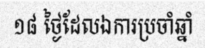
១៨ ថ្ងៃដែលឯការប្រចាំឆ្នាំ